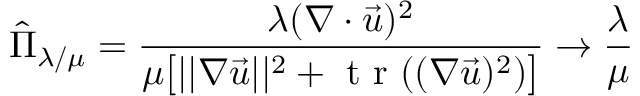
\hat { \Pi } _ { \lambda / \mu } = \frac { \lambda ( \nabla \cdot \vec { u } ) ^ { 2 } } { \mu \bigl [ | | \nabla \vec { u } | | ^ { 2 } + \mathrm { ~ t ~ r ~ } ( ( \nabla \vec { u } ) ^ { 2 } ) \bigr ] } \to \frac { \lambda } { \mu }